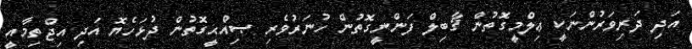
އަދި ދަރިވަރުންނަކީ ޢިލްމީގޮތުން ޤާބިލް ފަންނީގޮތުން ހުނަރުވެރި ޞިއްޙީގޮތުން ދުޅަހެޔޮ އަދި އިޖްތިމާއީ